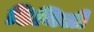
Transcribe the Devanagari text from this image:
डिमिली